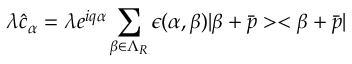
\lambda \hat { c } _ { \alpha } = \lambda e ^ { i q \alpha } \sum _ { \beta \in \Lambda _ { R } } \epsilon ( \alpha , \beta ) | \beta + \bar { p } > < \beta + \bar { p } |